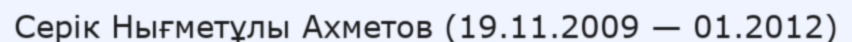
Серік Нығметұлы Ахметов (19.11.2009 — 01.2012)